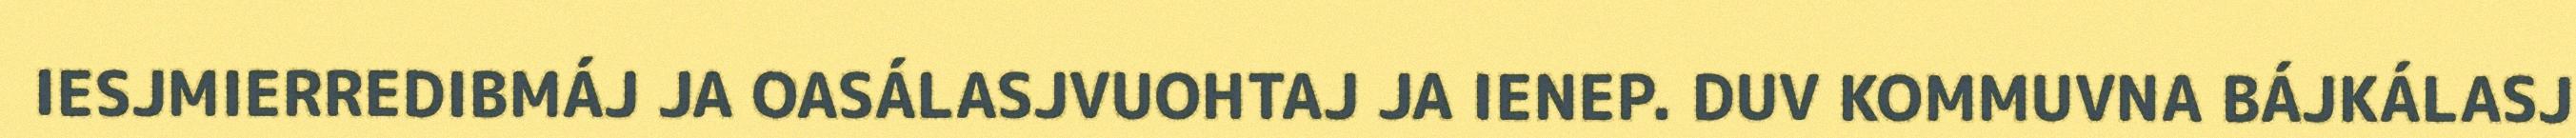
IESJMIERREDIBMÁJ JA OASÁLASJVUOHTAJ JA IENEP. DUV KOMMUVNA BÁJKÁLASJ